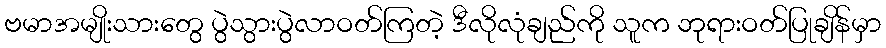
ဗမာအမျိုးသားတွေ ပွဲသွားပွဲလာဝတ်ကြတဲ့ ဒီလိုလုံချည်ကို သူက ဘုရားဝတ်ပြုချိန်မှာ